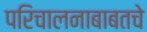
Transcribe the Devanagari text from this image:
परिचालनाबाबतचे